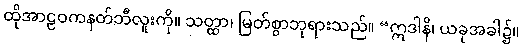
ထိုအာဠဝကနတ်ဘီလူးကို။ သတ္ထာ၊ မြတ်စွာဘုရားသည်။ “ဣဒါနိ၊ ယခုအခါ၌။